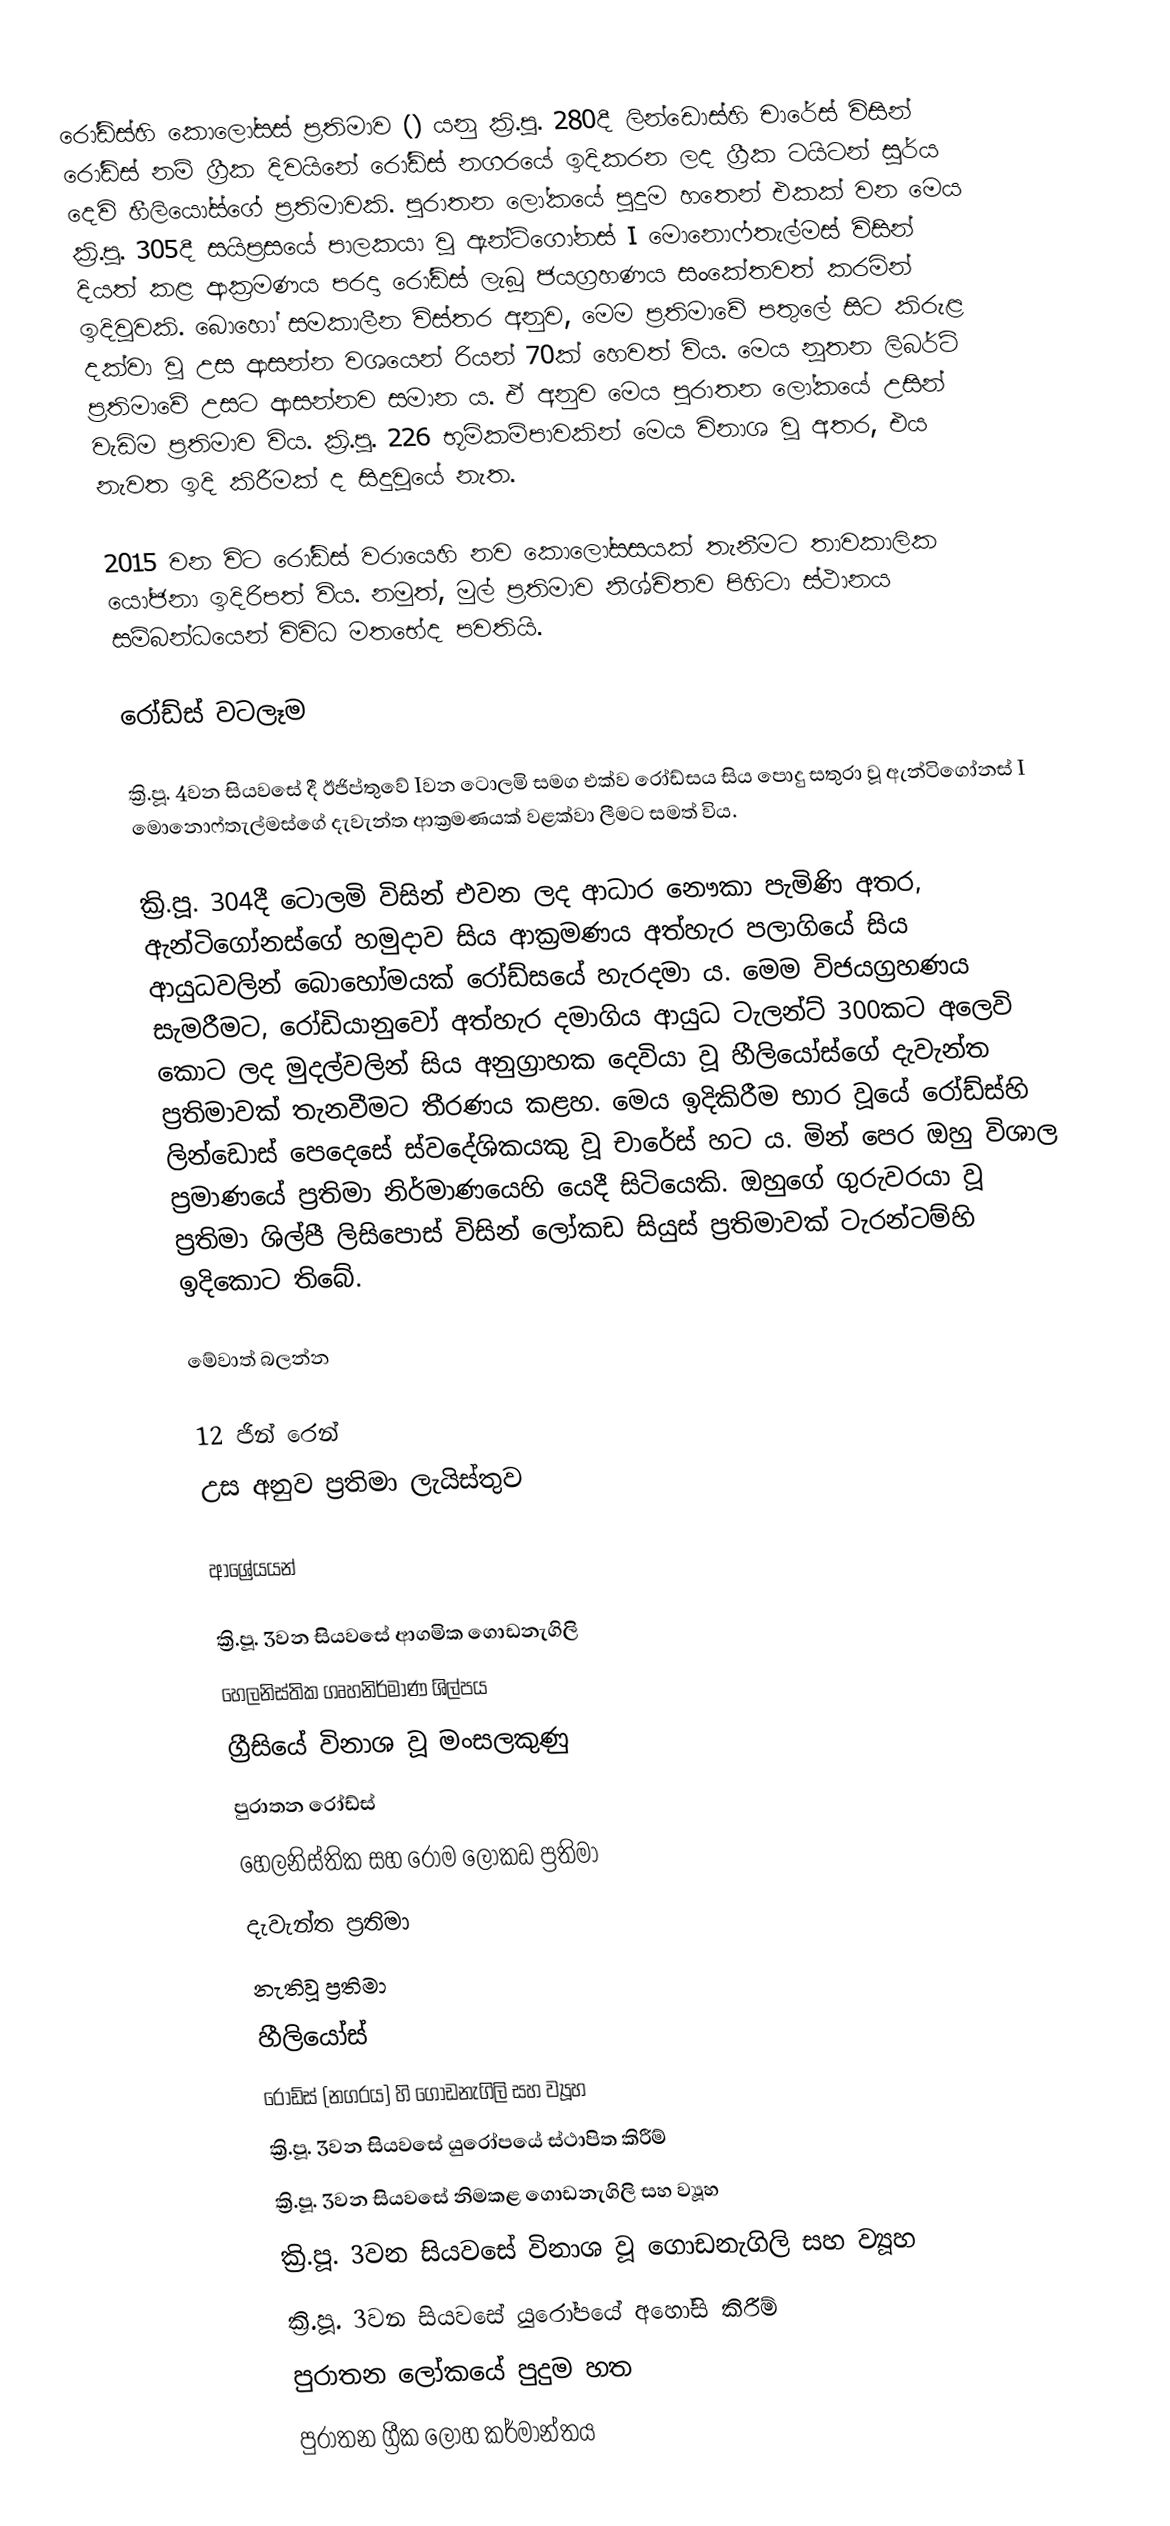
රෝඩ්ස්හි කොලෝසස් ප්‍රතිමාව  () යනු ක්‍රි.පූ. 280දී ලින්ඩොස්හි චාරේස් විසින් රෝඩ්ස් නම් ග්‍රීක දිවයිනේ රෝඩ්ස් නගරයේ ඉදිකරන ලද ග්‍රීක ටයිටන් සූර්ය දෙවි හීලියෝස්ගේ ප්‍රතිමාවකි. පුරාතන ලෝකයේ පුදුම හතෙන් එකක් වන මෙය ක්‍රි.පූ. 305දී සයිප්‍රසයේ පාලකයා වූ ඇන්ටිගෝනස් I මොනොෆ්තැල්මස් විසින් දියත් කළ ආක්‍රමණය පරදා රෝඩ්ස් ලැබූ ජයග්‍රහණය සංකේතවත් කරමින් ඉදිවූවකි. බොහෝ සමකාලීන විස්තර අනුව, මෙම ප්‍රතිමාවේ පතුලේ සිට කිරුළ දක්වා වූ උස ආසන්න වශයෙන් රියන් 70ක් හෙවත්  විය. මෙය නූතන ලිබර්ටි ප්‍රතිමාවේ උසට ආසන්නව සමාන ය. ඒ අනුව මෙය පුරාතන ලෝකයේ උසින් වැඩිම ප්‍රතිමාව විය.  ක්‍රි.පූ. 226 භූමිකම්පාවකින් මෙය විනාශ වූ අතර, එය නැවත ඉදි කිරීමක් ද සිදුවූයේ නැත.

2015 වන විට රෝඩ්ස් වරායෙහි නව කොලෝසසයක් තැනීමට තාවකාලික යෝජනා ඉදිරිපත් විය. නමුත්, මුල් ප්‍රතිමාව නිශ්චිතව පිහිටා ස්ථානය සම්බන්ධයෙන් විවිධ මතභේද පවතියි.

රෝඩ්ස් වටලෑම

ක්‍රි.පූ. 4වන සියවසේ දී ඊජිප්තුවේ Iවන ටොලමි සමග එක්ව රෝඩ්සය සිය පොදු සතුරා වූ ඇන්ටිගෝනස් I මොනොෆ්තැල්මස්ගේ දැවැන්ත ආක්‍රමණයක් වළක්වා ලීමට සමත් විය.

ක්‍රි.පූ. 304දී ටොලමි විසින් එවන ලද ආධාර නෞකා පැමිණි අතර, ඇන්ටිගෝනස්ගේ හමුදාව සිය ආක්‍රමණය අත්හැර පලාගියේ සිය ආයුධවලින් බොහෝමයක් රෝඩ්සයේ හැරදමා ය. මෙම විජයග්‍රහණය සැමරීමට, රෝඩියානුවෝ අත්හැර දමාගිය ආයුධ ටැලන්ට් 300කට අලෙවි කොට ලද මුදල්වලින් සිය අනුග්‍රාහක දෙවියා වූ හීලියෝස්ගේ දැවැන්ත ප්‍රතිමාවක් තැනවීමට තීරණය කළහ. මෙය ඉදිකිරීම භාර වූයේ රෝඩ්ස්හි ලින්ඩොස් පෙදෙසේ ස්වදේශිකයකු වූ චාරේස් හට ය. මින් පෙර ඔහු විශාල ප්‍රමාණයේ ප්‍රතිමා නිර්මාණයෙහි යෙදී සිටියෙකි. ඔහුගේ ගුරුවරයා වූ ප්‍රතිමා ශිල්පී ලිසිපොස් විසින්  ලෝකඩ සියුස් ප්‍රතිමාවක් ටැරන්ටම්හි ඉදිකොට තිබේ.

මේවාත් බලන්න

12 ජින් රෙන්
උස අනුව ප්‍රතිමා ලැයිස්තුව

ආශ්‍රේයයන්

ක්‍රි.පූ. 3වන සියවසේ ආගමික ගොඩනැගිලි
හෙලනිස්තික ගෘහනිර්මාණ ශිල්පය
ග්‍රීසියේ විනාශ වූ මංසලකුණු
පුරාතන රෝඩ්ස්
හෙලනිස්තික සහ රෝම ලෝකඩ ප්‍රතිමා
දැවැන්ත ප්‍රතිමා
නැතිවූ ප්‍රතිමා
හීලියෝස්
රෝඩ්ස් (නගරය) හි ගොඩනැගිලි සහ ව්‍යූහ
ක්‍රි.පූ. 3වන සියවසේ යුරෝපයේ ස්ථාපිත කිරීම්
ක්‍රි.පූ. 3වන සියවසේ නිමකළ ගොඩනැගිලි සහ ව්‍යූහ
ක්‍රි.පූ. 3වන සියවසේ විනාශ වූ ගොඩනැගිලි සහ ව්‍යූහ
ක්‍රි.පූ. 3වන සියවසේ යුරෝපයේ අහෝසි කිරීම්
පුරාතන ලෝකයේ පුදුම හත
පුරාතන ග්‍රීක ලෝහ කර්මාන්තය